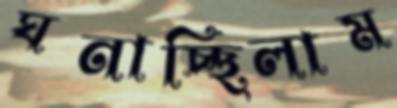
ঘনাচ্ছিলাম